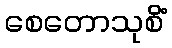
စေတောသုစိံ